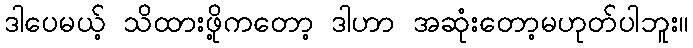
ဒါပေမယ့် သိထားဖို့ကတော့ ဒါဟာ အဆုံးတော့မဟုတ်ပါဘူး။